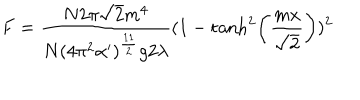
LaTeX: F = \frac { N 2 \pi \sqrt { 2 } m ^ { 4 } } { N ( 4 \pi ^ { 2 } \alpha ^ { \prime } ) ^ { \frac { 1 1 } { 2 } } g 2 \lambda } ( 1 - \tanh ^ { 2 } \left( \frac { m x } { \sqrt { 2 } } \right) ) ^ { 2 }